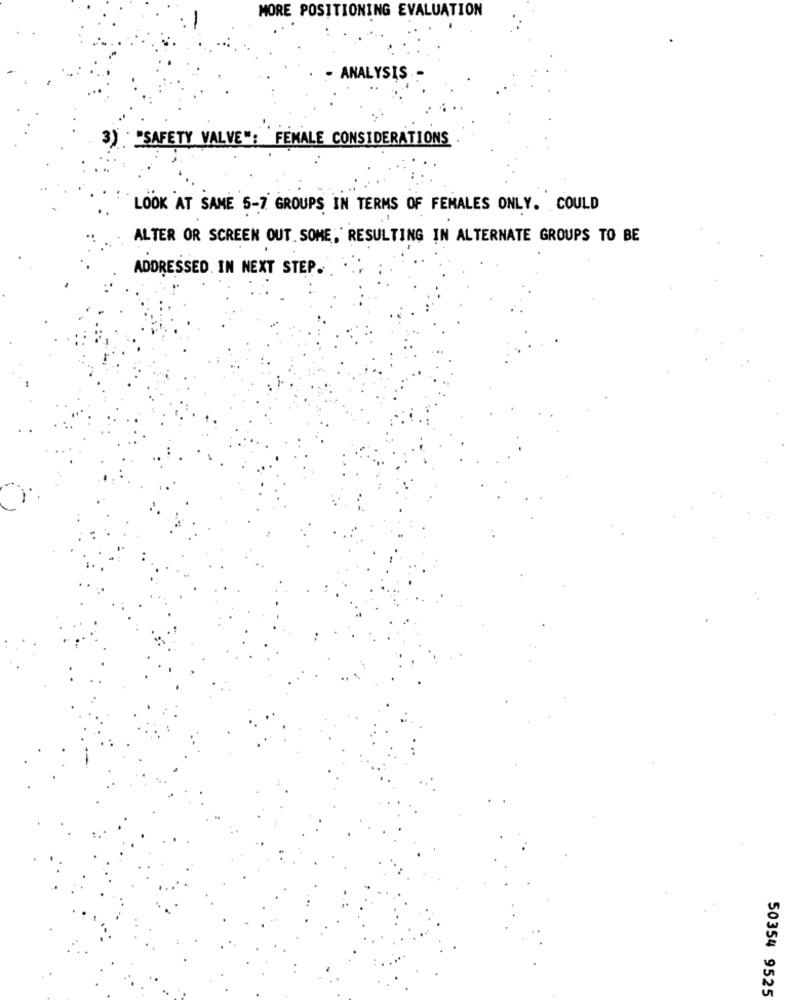
MORE POSITIONING EVALUATION
ANALYSIS
3) * "SAFETY VALVE": FEMALE CONSIDERATIONS
LOOK AT SAME 5-7 GROUPS IN TERMS OF FEMALES ONLY. COULD
ALTER OR SCREEN OUT. SOME, RESULTING IN ALTERNATE GROUPS TO BE
ADDRESSED. IN NEXT STEP.
50354 9525